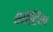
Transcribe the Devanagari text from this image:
शोर्टिंग